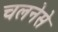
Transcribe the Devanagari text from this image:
चलनेसे